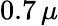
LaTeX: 0.7\, \mu